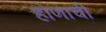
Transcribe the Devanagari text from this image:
होणाची